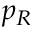
p _ { R }